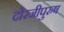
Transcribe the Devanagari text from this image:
दोरजीपुरुष